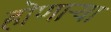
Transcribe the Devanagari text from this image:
हॊणाऱ्या